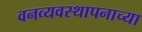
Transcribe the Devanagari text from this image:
वनव्यवस्थापनाच्या